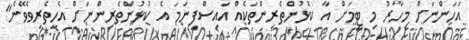
އަހަންނަށް މިހާރު މި ޓީމަށް އާ ކުޅުންތެރިންތަކެއް އައިސްފިނަމަ އެ ކުޅުންތެރިންނަށް އެހީތެރިވެވޭނެ"